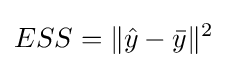
ESS=\|{\hat {y}}-{\bar {y}}\|^{2}